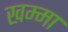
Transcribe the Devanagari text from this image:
खम्मा